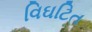
વિઘટિત